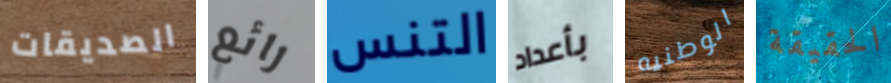
الصديقات رائع التنس بأعداد الوطنيه الحقيقة